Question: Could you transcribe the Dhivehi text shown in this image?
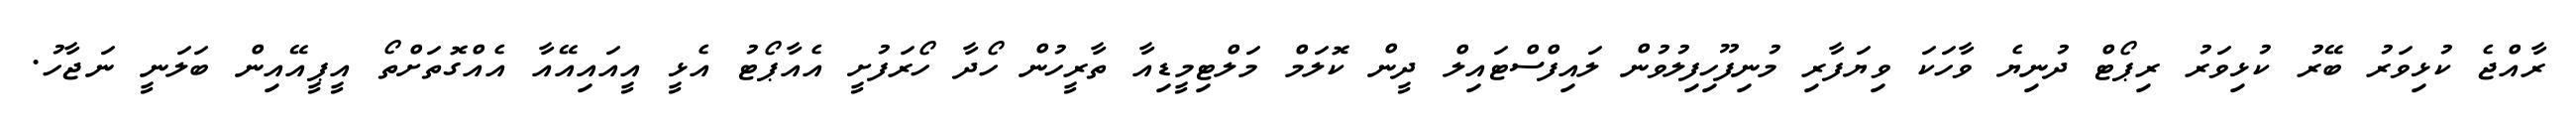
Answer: ރާއްޖެ ކުޅިވަރު ބޭރު ކުޅިވަރު ރިޕޯޓް ދުނިޔެ ވާހަކަ ވިޔަފާރި މުނިފޫހިފިލުވުން ލައިފްސްޓައިލް ދީން ކޮލަމް މަލްޓިމީޑިއާ ތާރީހުން ހޯދާ ހޯރަފުށީ އެއާޕޯޓު އެޅީ އީއައިއޭއާ އެއްގޮތަށްތޯ އީޕީއޭއިން ބަލަނީ ނަޖާހު.